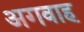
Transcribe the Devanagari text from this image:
अगवाह